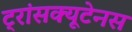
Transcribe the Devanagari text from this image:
ट्रांसक्यूटेनस